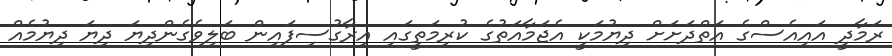
ރަމާދީ އައިއެސްގެ އަތްދަށަށް ދިޔުމަކީ އެޖަމާއަތުގެ ކުރިމަތީގައި އިރާގުސިފައިން ބަލިވެގެންދިޔަ ދިޔަ ދިޔުމެއް